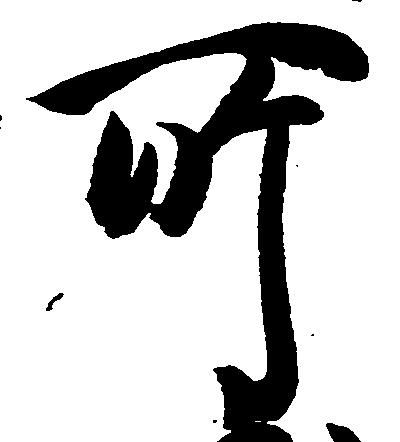
所